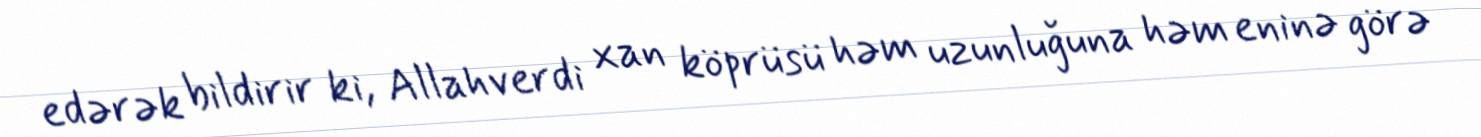
edərək bildirir ki, Allahverdi xan köprüsü həm uzunluğuna həm eninə görə